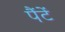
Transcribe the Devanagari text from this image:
पैंटें